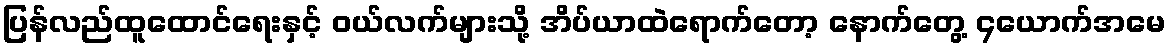
ပြန်လည်ထူထောင်ရေးနှင့် ဝယ်လက်များသို့ အိပ်ယာထဲရောက်တော့ နောက်တွေ့ ၄ယောက်အမေ